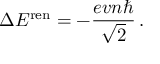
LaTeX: \Delta E ^ { \mathrm { r e n } } = - \frac { e v n \hbar } { \sqrt { 2 } } \, .